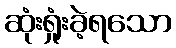
ဆုံးရှုံးခဲ့ရသော